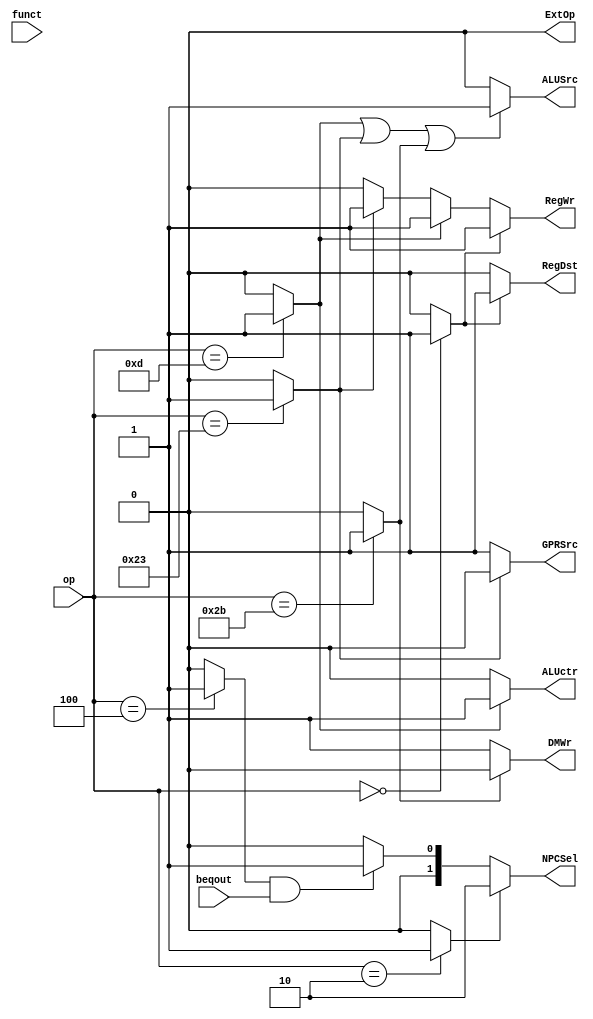
`timescale 1ns / 1ps
//////////////////////////////////////////////////////////////////////////////////
// Company: 
// Engineer: 
// 
// Design Name: 
// Module Name: controller
// Project Name: 
// Target Devices: 
// Tool Versions: 
// Description: 
// 
// Dependencies: 
// 
// Revision:
// Revision 0.01 - File Created
// Additional Comments:
// 
//////////////////////////////////////////////////////////////////////////////////


module controller(op,funct,beqout,RegDst,ExtOp,ALUSrc,ALUctr,RegWr,DMWr,GPRSrc,NPCSel);
input [5:0] op;
input [5:0] funct;
input beqout;//'b1 for same,'b0 for not
output RegDst;//'b0 for rt,'b1 for rd
output ExtOp;//'b0 for zero,'b1 for sign
output ALUSrc;//'b0 for [rt],'b1 for ext(imm)
output ALUctr;//'b0 for add,'b1 for or
output RegWr;//'b0 for  not write,'b1 for write
output DMWr;//'b0 for write, 'b1 for not
output GPRSrc;//'b0 for dm, 'b1 for alu
output [1:0] NPCSel;//'b00 for nothing,'b01 for beq,'b10 for j

wire add;
wire ori;
wire lw;
wire sw;
wire j;
wire beq;

assign add=(op==6'b000000)?'b1:'b0;
assign ori=(op==6'b001101)?'b1:'b0;
assign lw=(op==6'b100011)?'b1:'b0;
assign sw=(op==6'b101011)?'b1:'b0;
assign j=(op==6'b000010)?'b1:'b0;
assign beq=(op==6'b000100)?'b1:'b0;

assign NPCSel=(j=='b1)?'b10:(beq=='b1&&beqout=='b1)?'b01:'b00;
assign RegDst=(add=='b1)?'b1:'b0;
assign ExtOp='b0;
assign ALUSrc=(ori=='b1||lw=='b1||sw=='b1)?'b1:'b0; //assign ALUSrc=(add=='b1)?'b0:'b1'
assign ALUctr=(ori=='b1)?'b1:'b0;
assign RegWr=(add=='b1)?'b1:(ori=='b1)?'b1:(lw=='b1)?'b1:'b0;
assign DMWr=(sw=='b1)?'b0:'b1;
assign GPRSrc=(lw=='b1)?'b0:'b1;

endmodule